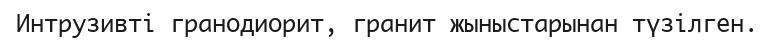
Интрузивті гранодиорит, гранит жыныстарынан түзілген.